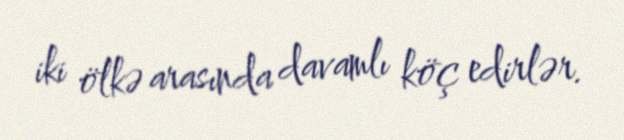
iki ölkə arasında davamlı köç edirlər.